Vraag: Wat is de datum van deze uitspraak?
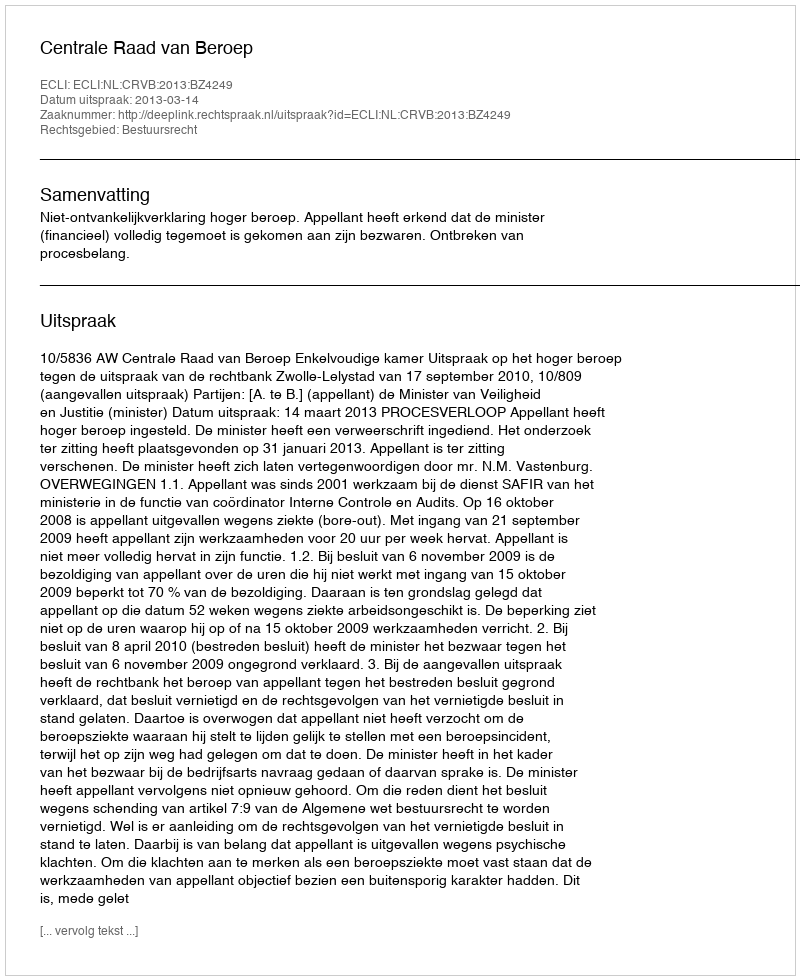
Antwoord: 2013-03-14